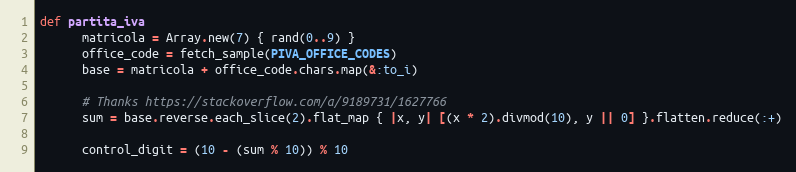
Language: Ruby
def partita_iva
      matricola = Array.new(7) { rand(0..9) }
      office_code = fetch_sample(PIVA_OFFICE_CODES)
      base = matricola + office_code.chars.map(&:to_i)

      # Thanks https://stackoverflow.com/a/9189731/1627766
      sum = base.reverse.each_slice(2).flat_map { |x, y| [(x * 2).divmod(10), y || 0] }.flatten.reduce(:+)

      control_digit = (10 - (sum % 10)) % 10